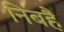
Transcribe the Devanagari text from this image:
निबहैं